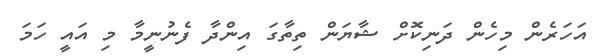
އަހަރެން މިހެން ދަނިކޮށް ޝާޔަން ތިތާގަ އިންދާ ފެނުނީމާ މި އައީ ހަމަ